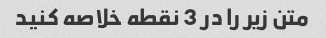
متن زیر را در 3 نقطه خلاصه کنید